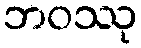
ဘဝဿု